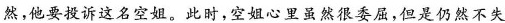
然，他要投诉这名空姐。此时，空姐心里虽然很委屈，但是仍然不失